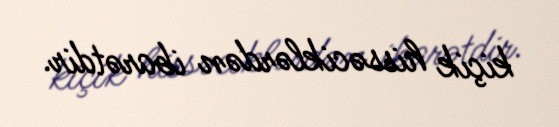
kiçik hissəciklərdən ibarətdir.